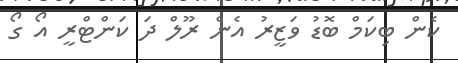
ކެން ބިކަމް ބޮޑު ވަޒީރު އެން ރޫލް ދަ ކަންޓްރީ އޯ ގޯ